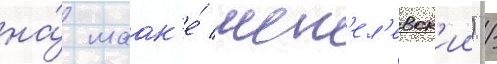
на́ маак'е́ шеп'ел'евск'ии) /